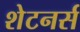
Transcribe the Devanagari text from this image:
शेटनर्स